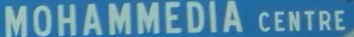
MOHAMMEDIA CENTRE